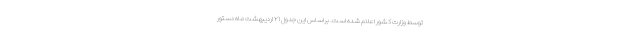
توسط وزارت کشور اعلام شده است. براساس این جدول ۲۱ اردیبهشت ماه دستور